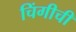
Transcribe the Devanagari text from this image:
चिंगीची